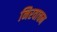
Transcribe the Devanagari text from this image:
निरवाचन